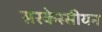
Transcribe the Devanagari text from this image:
सरकेस्सीयन